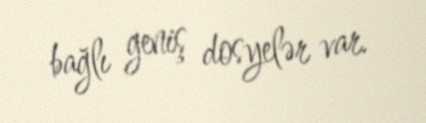
bağlı geniş dosyelər var.